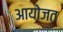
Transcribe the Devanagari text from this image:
आयोजत